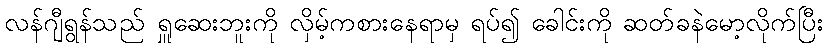
လန်ဂျီရွန်သည် ရှူဆေးဘူးကို လှိမ့်ကစားနေရာမှ ရပ်၍ ခေါင်းကို ဆတ်ခနဲမော့လိုက်ပြီး